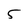
Character: 5